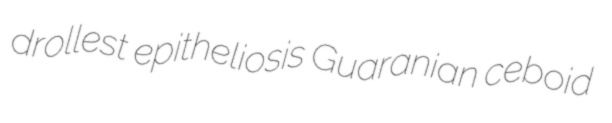
drollest epitheliosis Guaranian ceboid